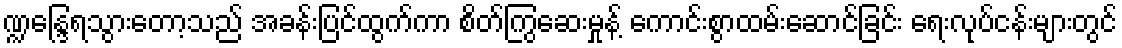
ဏ္ဍန္ဒြေရသွားတော့သည် အခန်းပြင်ထွက်ကာ စိတ်ကြွဆေးမှုန့် ကောင်းစွာထမ်းဆောင်ခြင်း ရေးလုပ်ငန်းများတွင်